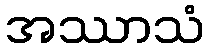
အဿာသံ